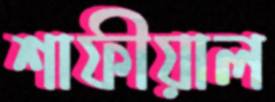
শাফীয়াল